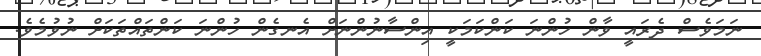
ނަމަވެސް ދެރައީ ވާން ހުންނަ ކަންކަމަކީ އިންސާނުންނަށް އެނގެން ހުންނަ ކަންތައްތަކަށް ނުވުމެވެ.